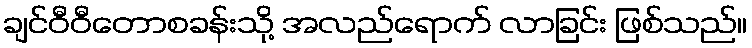
ချင်ဝီဝီတောစခန်းသို့ အလည်ရောက် လာခြင်း ဖြစ်သည်။